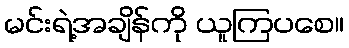
မင်းရဲ့အချိန်ကို ယူကြပစေ။